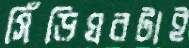
সিঁড়িঘরটাই